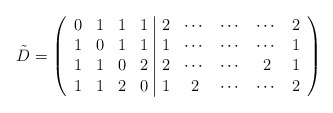
\begin{align*}\tilde{D} = \left( \begin{array}{cccc|ccccc}0 & 1 & 1 & 1 & 2 & \cdots & \cdots & \cdots & 2\\1 & 0 & 1 & 1 & 1 & \cdots & \cdots & \cdots & 1\\1 & 1 & 0 & 2& 2 & \cdots & \cdots & 2 & 1\\1 & 1 & 2 & 0& 1 & 2 & \cdots & \cdots & 2\end{array} \right)\end{align*}